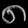
Digit: ၈